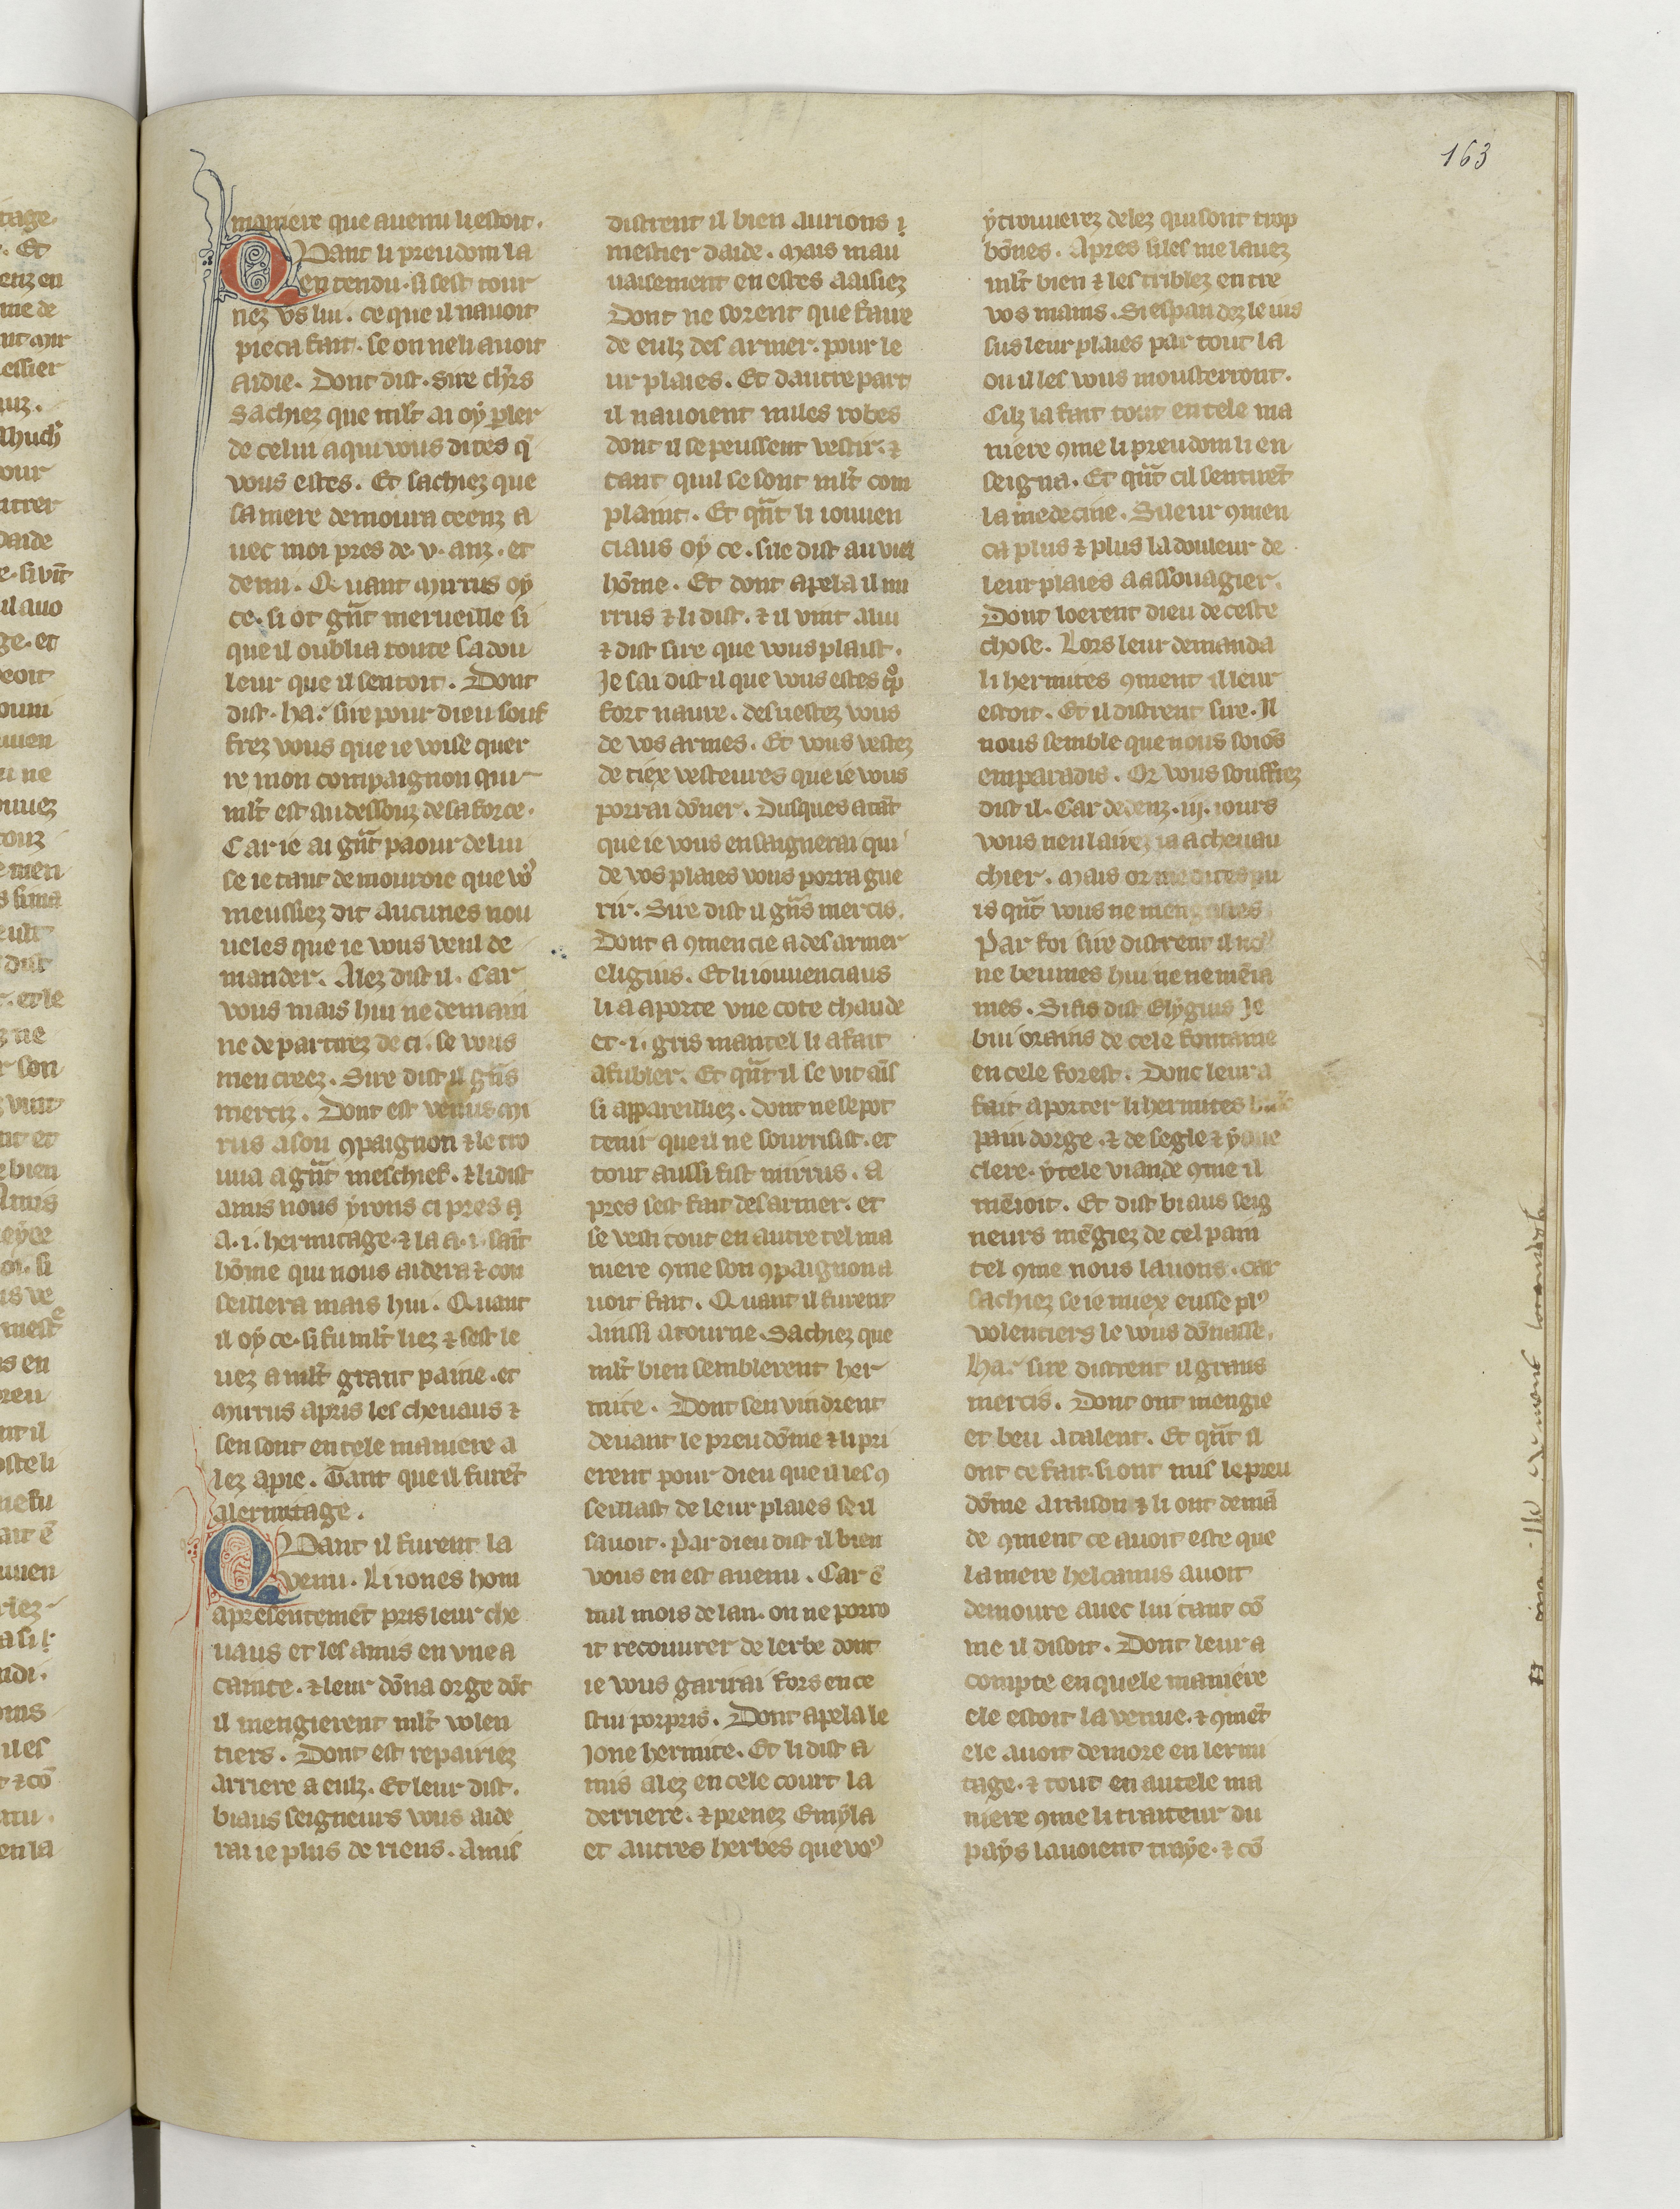
Shelfmark: Paris, BnF, fr. 22549
Century: 14